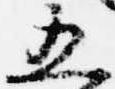
五